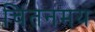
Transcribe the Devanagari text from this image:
चिंतनमय